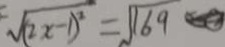
\sqrt { ( 2 x - 1 ) ^ { 2 } } = \sqrt { 1 6 9 }